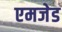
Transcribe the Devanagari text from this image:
एमजेड